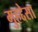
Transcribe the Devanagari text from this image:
मुहद्देसा